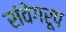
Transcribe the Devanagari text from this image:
संवेगरूप